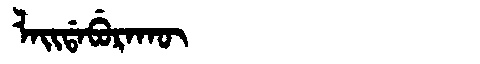
Manchu: ᠯᠠᡳᡩᠠᠪᡠᡵᠠᡴᡡ
Romanization: LAIDABURAKŪ